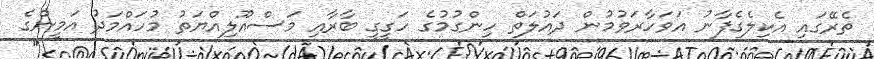
ތެރޭގައި އެކިލެގެފާނު އަވަހާރަވުމުން ދައުލަތް ހިންގުމުގެ ހަގީގީ ބާރާއި މަސްއޫލިއްޔަތު މުހައްމަދު އަމީންގެ